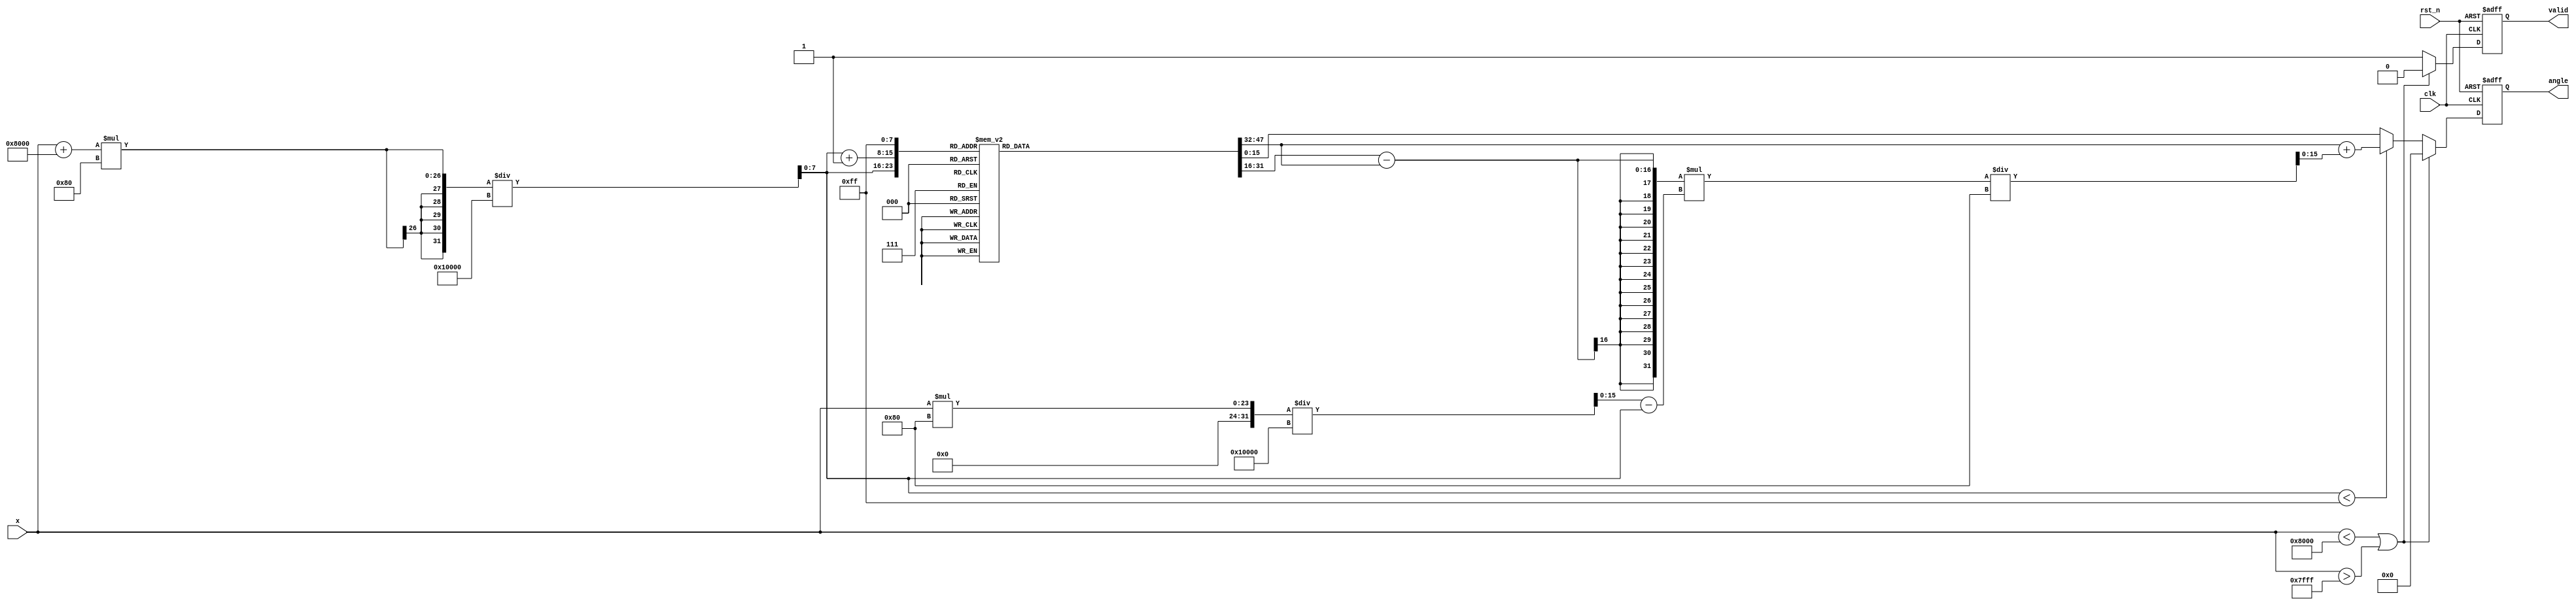
module asin_block #(
    parameter INPUT_WIDTH = 16,     // Width of input fixed-point representation
    parameter OUTPUT_WIDTH = 16,    // Width of output fixed-point representation
    parameter LUT_SIZE = 256         // Size of the lookup table
)(
    input wire clk,                  // Clock signal
    input wire rst_n,                // Active low reset
    input wire signed [INPUT_WIDTH-1:0] x, // Input sine value in fixed-point format
    output reg signed [OUTPUT_WIDTH-1:0] angle, // Output angle in radians
    output reg valid                 // Output valid signal
);

    // Define the lookup table for asin values
    reg signed [OUTPUT_WIDTH-1:0] lut [0:LUT_SIZE-1]; // LUT for asin values
    reg [7:0] index; // LUT index
    reg [7:0] index_next; // Next index for interpolation
    reg [15:0] fraction; // Fraction for interpolation

    // Initialize the LUT with pre-computed asin values
    initial begin
        // Populate LUT with asin values in radians
        // Example values; these should be replaced with actual asin values calculated beforehand
        lut[0] = 0; // asin(0) = 0
        lut[1] = 3.14159 / 6; // asin(0.5)
        lut[2] = 3.14159 / 4; // asin(0.7071)
        lut[3] = 3.14159 / 3; // asin(0.8660)
        lut[4] = 3.14159 / 2; // asin(1)
        // Continue populating the LUT for the appropriate range
        // Ensure that the LUT is filled with correct values based on the input range [-1, 1]
    end

    // Main processing logic
    always @(posedge clk or negedge rst_n) begin
        if (!rst_n) begin
            angle <= 0;
            valid <= 0;
        end else begin
            // Normalize input to the LUT index range
            if (x < -1 * (1 << (INPUT_WIDTH-1)) || x > (1 << (INPUT_WIDTH-1)) - 1) begin
                // Handle invalid input
                angle <= 0; // Default output or error signal
                valid <= 0;
            end else begin
                // Calculate index for LUT
                index = (x + (1 << (INPUT_WIDTH-1))) * (LUT_SIZE / 2) / (1 << (INPUT_WIDTH)); // Scale to LUT size
                index_next = index + 1;

                // Check bounds and perform interpolation
                if (index < LUT_SIZE - 1) begin
                    // Calculate fraction for interpolation
                    fraction = (x * (LUT_SIZE / 2) / (1 << (INPUT_WIDTH))) - index;
                    angle <= lut[index] + (lut[index_next] - lut[index]) * fraction / (LUT_SIZE / 2);
                    valid <= 1;
                end else begin
                    angle <= lut[LUT_SIZE - 1]; // Max value
                    valid <= 1;
                end
            end
        end
    end
endmodule